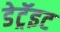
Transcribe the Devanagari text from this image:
डेट्रॅइट